Annual administration report of the Civil Veterinary Department, Sind - 1944-1945
Year: 1944
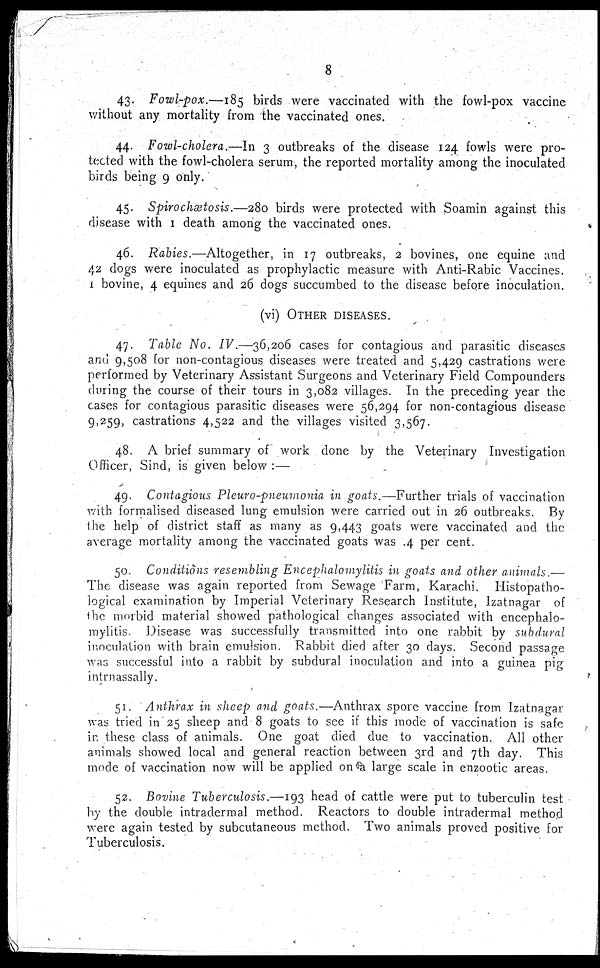
8
43. Fowl-pox.—185 birds were vaccinated with the fowl-pox vaccine
without any mortality from the vaccinated ones.
44. Fowl-cholera.—In 3 outbreaks of the disease 124 fowls were pro-
tected with the fowl-cholera serum, the reported mortality among the inoculated
birds being 9 only.
45. Spirochætosis.—280 birds were protected with Soamin against this
disease with 1 death among the vaccinated ones.
46. Rabies.—Altogether, in 17 outbreaks, 2 bovines, one equine and
42 dogs were inoculated as prophylactic measure with Anti-Rabic Vaccines.
1 bovine, 4 equities and 26 dogs succumbed to the disease before inoculation.
(vi)
OTHER DISEASES.
47. Table No. IV.—36.206 cases for contagious and parasitic diseases
and 9,508 for non-contagious diseases were treated and 5,429 castrations were
performed by Veterinary Assistant Surgeons and Veterinary Field Compounders
during the course of their tours in 3,082 villages. In the preceding year the
cases for contagious parasitic diseases were 56.294 for non-contagious disease
9.259, castrations 4,522 and the villages visited 3,567.
48. A brief summary of work done by the Veterinary Investigation
Officer. Sind, is given below : —
49. Contagious Pleuro-pneuhionia in goats. —Further trials of vaccination
with formalised diseased lung emulsion were carried out in 26 outbreaks. By
the help of district staff as many as 9,443 goats were vaccinated and the
average mortality among the vaccinated goats was .4 per cent.
50. Conditions resembling Encephalomylitis in goats and other animals
The disease was again reported from Sewage Farm, Karachi. Histopatho-
iogical examination by Imperial Veterinary Research Institute, Izatnagar of
the morbid material showed pathological changes associated with encephalo-
mylitis. Disease was successfully transmitted into one rabbit by subdural
inoculation with brain emulsion. Rabbit, died after 30 days. Second passage
was successful into a rabbit by subdural inoculation and into a guinca pig
intrnssally.
51. Anthrax in sheep and goats.—Anthrax spore vaccine from Izatnagar
was tried in 25 sheep and 8 goats to see if this mode of vaccination is safe
in these class of animals. One goat died due to vaccination. All other
animals showed local and general reaction between 3rd and 7th day. This
mode of vaccination now will be applied on a large scale in enzootic areas.
52. Bovine Tuberculosis.—193 head of cattle were put to tuberculin test
by the double intradermal method. Reactors to double intradermal method
were again tested by subcutaneous method. Two animals proved positive for
Tuberculosis.